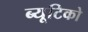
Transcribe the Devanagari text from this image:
ब्यूटिको